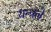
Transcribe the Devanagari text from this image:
यन्त्रले